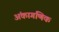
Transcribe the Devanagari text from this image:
अंकागणिक